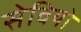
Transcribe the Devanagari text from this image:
सेवियो